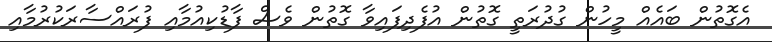
އެގޮތުން ބައެއް މީހުން ގުދުރަތީ ގޮތުން އުފެދިފައިވާ ގޮތުން ވެސް ފާޑުކިއުމާއި ފުރައްސާރަކުރުމާއި